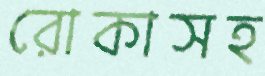
রোকাসহ